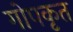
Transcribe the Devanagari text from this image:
गोपकृत